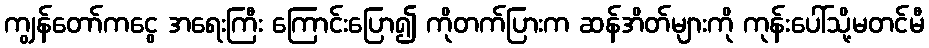
ကျွန်တော်ကငွေ အရေးကြီး ကြောင်းပြော၍ ကိုတက်ပြားက ဆန်အိတ်များကို ကုန်းပေါ်သို့မတင်မီ